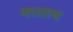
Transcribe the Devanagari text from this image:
मध्‍यस्‍थ